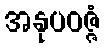
အနုပဝဇ္ဇံ